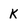
Character: k